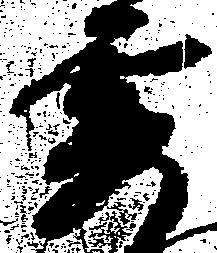
要